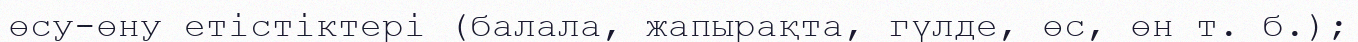
өсу-өну етістіктері (балала, жапырақта, гүлде, өс, өн т. б.);